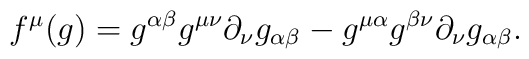
f^{\mu}(g)=g^{\alpha\beta}g^{\mu \nu}\partial_{\nu} g_{\alpha\beta}-g^{\mu\alpha}g^{\beta \nu}\partial_{\nu}g_{\alpha\beta}.